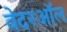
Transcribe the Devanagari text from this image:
वेदरऑल